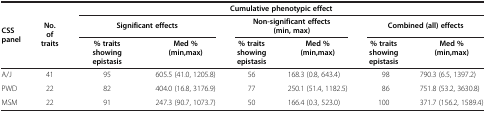
| <ROWSPAN=3> CSS panel | <ROWSPAN=3> No. of traits | <COLSPAN=6> Cumulative phenotypic effect |
 | <COLSPAN=2> Significant effects | <COLSPAN=2> Non-significant effects(min, max) | <COLSPAN=2> Combined (all) effects |
 | % traits showing epistasis | Med % (min,max) | % traits showing epistasis | Med % (min,max) | % traits showing epistasis | Med % (min,max) |
 | --- | --- | --- | --- | --- | --- | --- | --- |
 | A/J | 41 | 95 | 605.5 (41.0, 1205.8) | 56 | 168.3 (0.8, 643.4) | 98 | 790.3 (6.5, 1397.2) |
 | PWD | 22 | 82 | 404.0 (16.8, 3176.9) | 77 | 250.1 (51.4, 1182.5) | 86 | 751.8 (53.2, 3630.8) |
 | MSM | 22 | 91 | 247.3 (90.7, 1073.7) | 50 | 166.4 (0.3, 523.0) | 100 | 371.7 (156.2, 1589.4) |